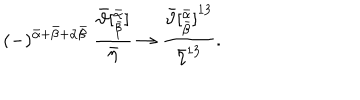
( - ) ^ { { \bar { \alpha } } + { \bar { \beta } } + \bar { \alpha } \bar { \beta } } \; \frac { { \bar { \vartheta } } [ _ { \bar { \beta } } ^ { \bar { \alpha } } ] } { { \bar { \eta } } } \rightarrow \frac { { \bar { \vartheta } [ _ { \bar { \beta } } ^ { \bar { \alpha } } ] } ^ { 1 3 } } { { \bar { \eta } } ^ { 1 3 } } .